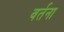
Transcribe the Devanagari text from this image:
वर्तना